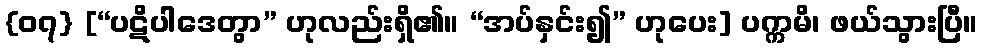
{၀၇} [“ပဋိပါဒေတွာ” ဟုလည်းရှိ၏။ “အပ်နှင်း၍” ဟုပေး] ပက္ကမိ၊ ဖယ်သွားပြီ။